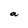
Character: a